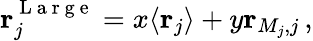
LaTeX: \mathbf{r}_{j}^{\mathrm{~L~a~r~g~e~}}=x\langle\mathbf{r}_{j}\rangle+y\mathbf{r}_{M_{j},j}\, ,